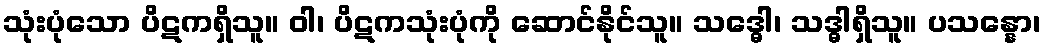
သုံးပုံသော ပိဋကရှိသူ။ ဝါ၊ ပိဋကသုံးပုံကို ဆောင်နိုင်သူ။ သဒ္ဓေါ၊ သဒ္ဓါရှိသူ။ ပသန္နော၊